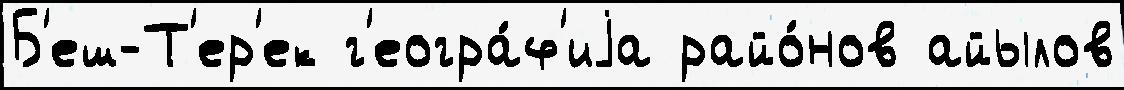
Б'еш-Т'ер'ек г'еогра́ф'иjа райо́нов айылов